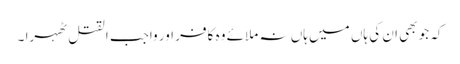
کہ جو بھی ان کی ہاں میں ہاں نہ ملائے وہ کافر اور واجب القتل ٹھہرا ۔